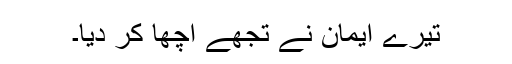
تیرے اِیمان نے تُجھے اچھّا کر دِیا۔